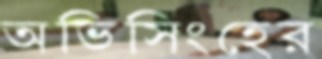
অভিসিংহের